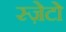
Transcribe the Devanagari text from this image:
स्ज़ेटो